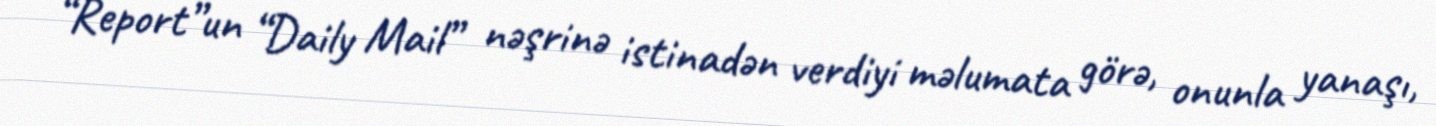
“Report”un “Daily Mail” nəşrinə istinadən verdiyi məlumata görə, onunla yanaşı,